Statistical return of the lunatic asylum in Assam - 1912-1932
Year: 1912
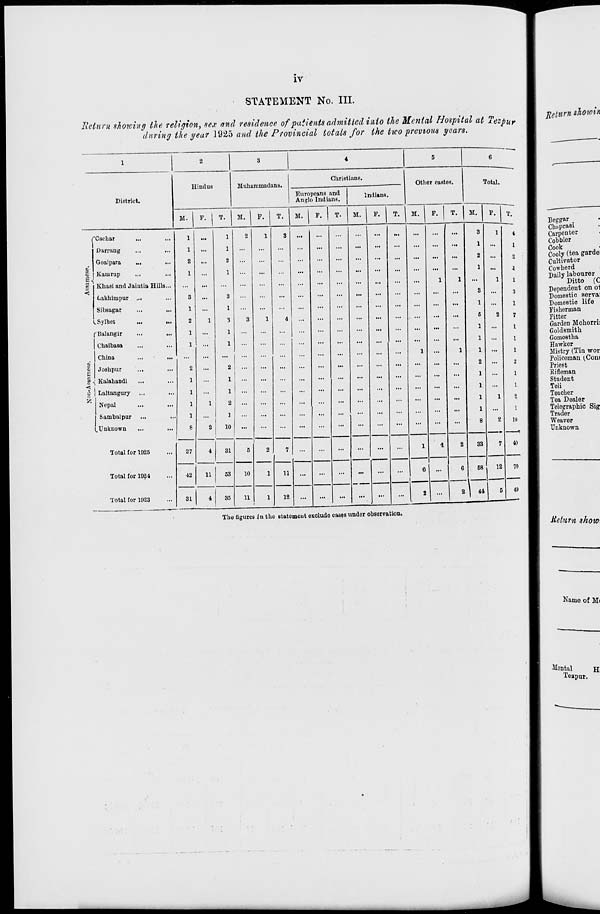
IV
STATEMENT No. III.
Return showing the religion, sex and residence of patients admitted into the Menial Hospital at Tezpm
during the year 19&5 and the Provincial totals for the two previous years.
1
2
3
4
5
6
Hindus
Muhammadans.
Christians.
Other castes.
Total.
District.
Europeans and
Anglo Indians.
Indians.
W. 1 P. 1 T.
M.
F. ! T.
M.
F. j T. M. F.
T.
M.
F.
T.
M.
F.
T.
CJ
<
1
g
1
"Cachar
Darrang
Goalpara
...
Kamrup
Khasi and Jaintia Hills...
Lakhimpur ...
Sibsagar
^ Sylhet
...
,..
f Balangir
Chaibasa
China
...
...
Joshpur
Kalahandi
Laltangury
Nepal
Sambalpur
.Unknown
1
1
2
1
3
1
2
1
1
2
1
1
1
1
8
1
1
2
1
1
2
1
3
1
3
1
1
2
1
1
2
1
10
2
3
...
1
1
3
4
...
...
...
...
1
1
1
1
3
1
2
1
3
1
5
1
1
1
2
1
1
1
1
8
1
1
2
1
2
4
1
2
1
1
3
1
7
1
1
2
1
1
2
1
10
Totul for 1925
27
4
31
5
2
7
11
...
...
...
...
...
1
I
2
33
7
40
Total for 1924
42
11
53
10
1
...
...
...
...
...
•
6
58
12
70
Total for 1923
31
4
35
11
1
12
...
...
...
...
...
2
'
2 | 44
5
4!)
Tho figures in the 6tatemeut exclude cases under observation.